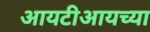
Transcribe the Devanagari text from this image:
आयटीआयच्या